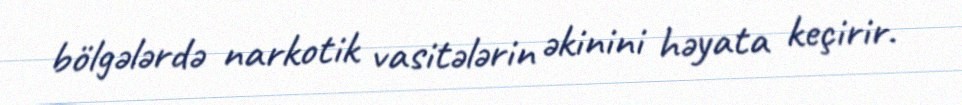
bölgələrdə narkotik vasitələrin əkinini həyata keçirir.